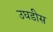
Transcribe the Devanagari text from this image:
उघडीस